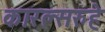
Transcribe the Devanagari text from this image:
कारल्सरुहे